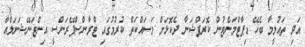
އަދި ތައުލީމާ ބެހޭ ޑިޕާޓްމަންޓުން ކޮރަޕްޝަނާ ދެކޮޅަށް މަސައްކަތް ކުރުމުގައި ޓްރާންސްޕޭރަންސީ އިންޓަނޭޝަނަލްއާ